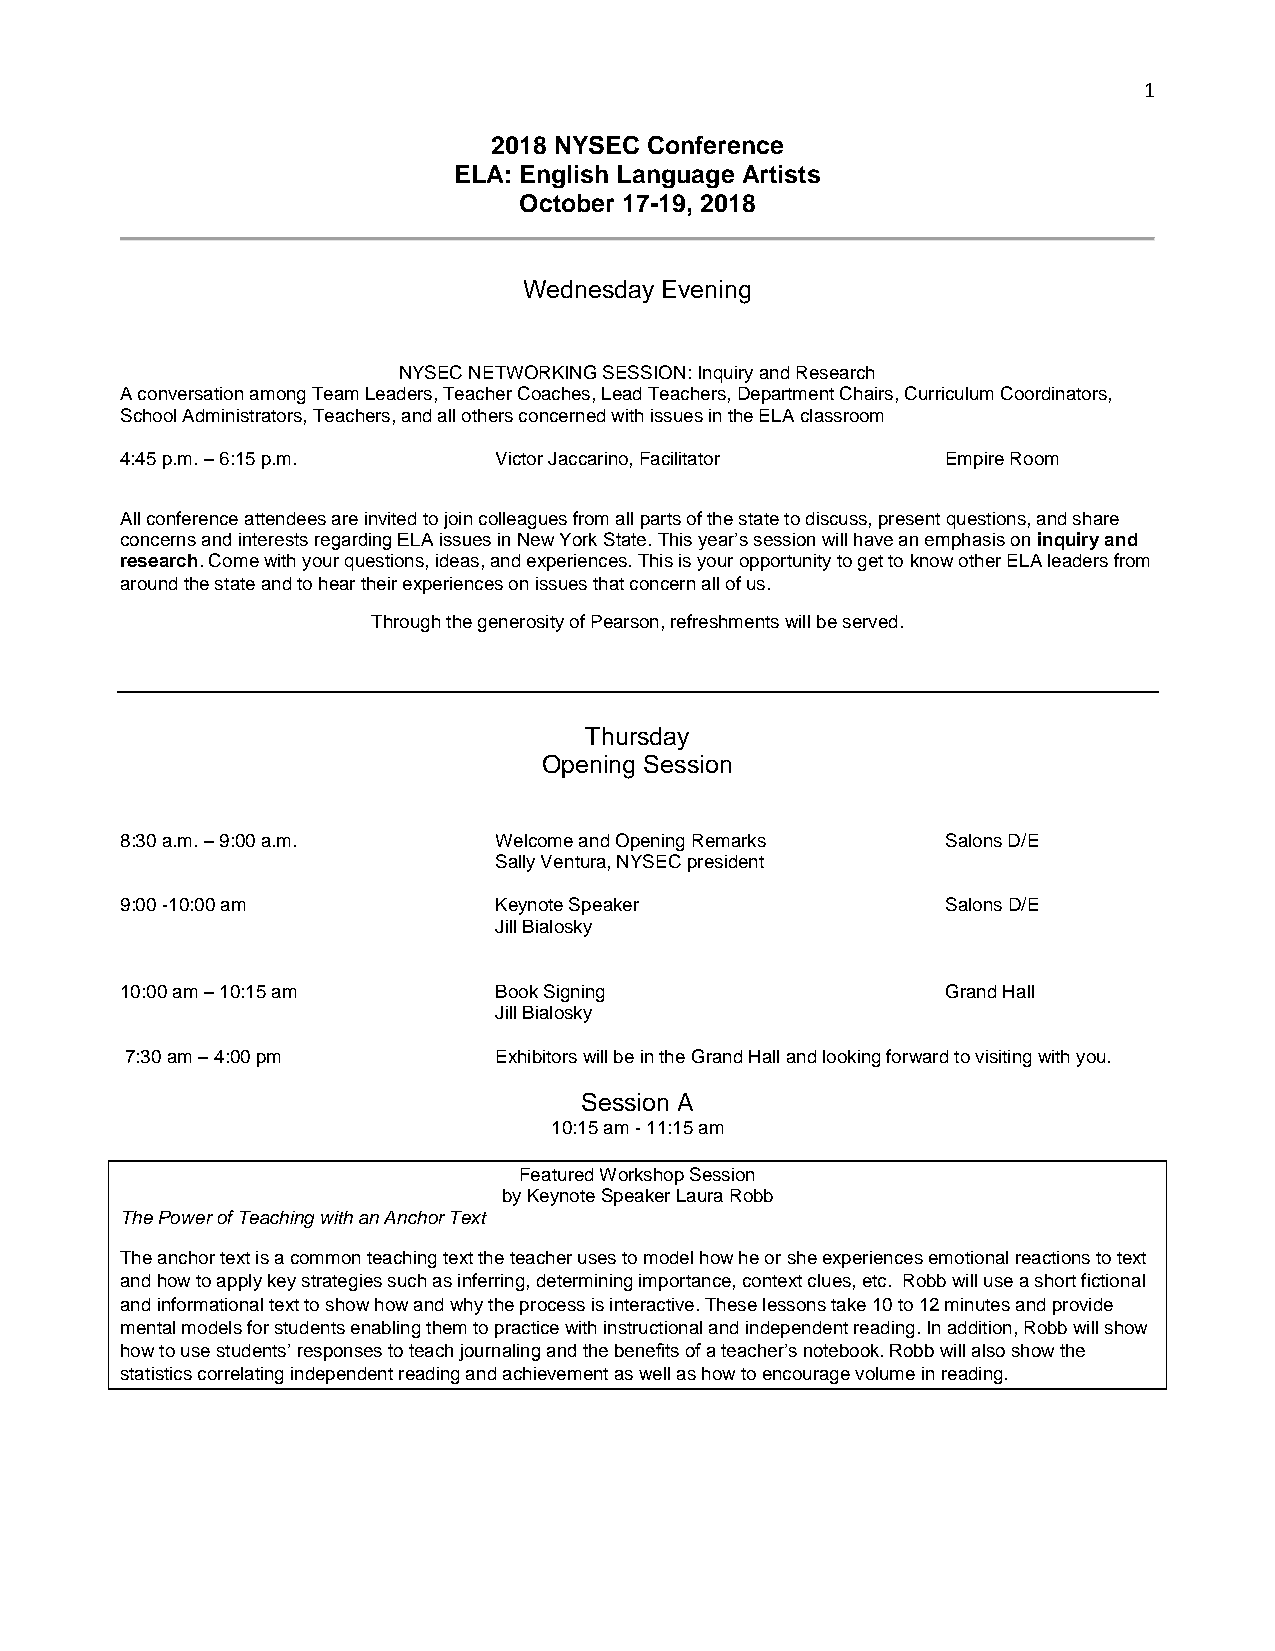
1
 2018 NYSEC Conference
 ELA: English Language Artists
 October 17-19, 2018
 Wednesday Evening
 NYSEC NETWORKING SESSION: Inquiry and Research
 A conversation among Team Leaders, Teacher Coaches, Lead Teachers, Department Chairs, Curriculum Coordinators,
 School Administrators, Teachers, and all others concerned with issues in the ELA classroom
 4:45 p.m. – 6:15 p.m.    Victor Jaccarino, Facilitator Empire Room
 All conference attendees are invited to join colleagues from all parts of the state to discuss, present questions, and share
 concerns and interests regarding ELA issues in New York State. This year’s session will have an emphasis on inquiry and
 research. Come with your questions, ideas, and experiences. This is your opportunity to get to know other ELA leaders from
 around the state and to hear their experiences on issues that concern all of us.
 Through the generosity of Pearson, refreshments will be served.
 Thursday
 Opening Session
 8:30 a.m. – 9:00 a.m.    Welcome and Opening Remarks   Salons D/E
 Sally Ventura, NYSEC president
 9:00 -10:00 am           Keynote Speaker               Salons D/E
 Jill Bialosky
 10:00 am – 10:15 am      Book Signing                  Grand Hall
 Jill Bialosky
 7:30 am – 4:00 pm        Exhibitors will be in the Grand Hall and looking forward to visiting with you.
 Session A
 10:15 am - 11:15 am
 Featured Workshop Session
 by Keynote Speaker Laura Robb
 The Power of Teaching with an Anchor Text
 The anchor text is a common teaching text the teacher uses to model how he or she experiences emotional reactions to text
 and how to apply key strategies such as inferring, determining importance, context clues, etc. Robb will use a short fictional
 and informational text to show how and why the process is interactive. These lessons take 10 to 12 minutes and provide
 mental models for students enabling them to practice with instructional and independent reading. In addition, Robb will show
 how to use students’ responses to teach journaling and the benefits of a teacher’s notebook. Robb will also show the
 statistics correlating independent reading and achievement as well as how to encourage volume in reading.